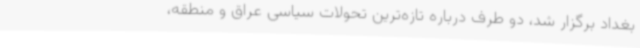
بغداد برگزار شد، دو طرف درباره تازه‌ترین تحولات سیاسی عراق و منطقه،